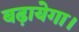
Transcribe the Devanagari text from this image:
बढ़ायेगा।